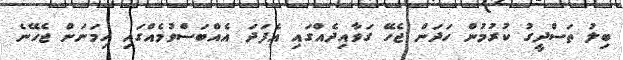
ބިލު ތަސްދީގު ކުރުމުން ހަދަން ޖެހޭ ގަވާއިދެއްގައި އެފަދަ އެއްބަސްވުމެއްގައި ހިމަނަން ޖެހޭނެ